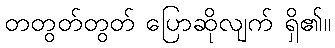
တတွတ်တွတ် ပြောဆိုလျက် ရှိ၏။